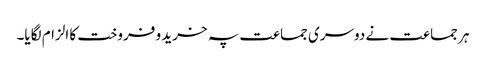
ہر جماعت نے دوسری جماعت پہ خرید و فروخت کا الزام لگایا۔